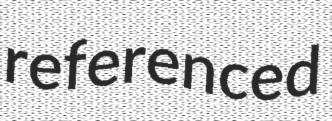
referenced